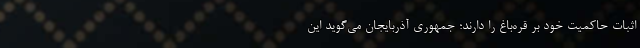
اثبات حاکمیت خود بر قره‌باغ را دارند؛ جمهوری آذربایجان می‌گوید این